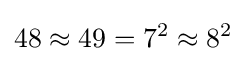
48\approx 49=7^{2}\approx 8^{2}